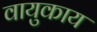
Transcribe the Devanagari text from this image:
वायुकाय